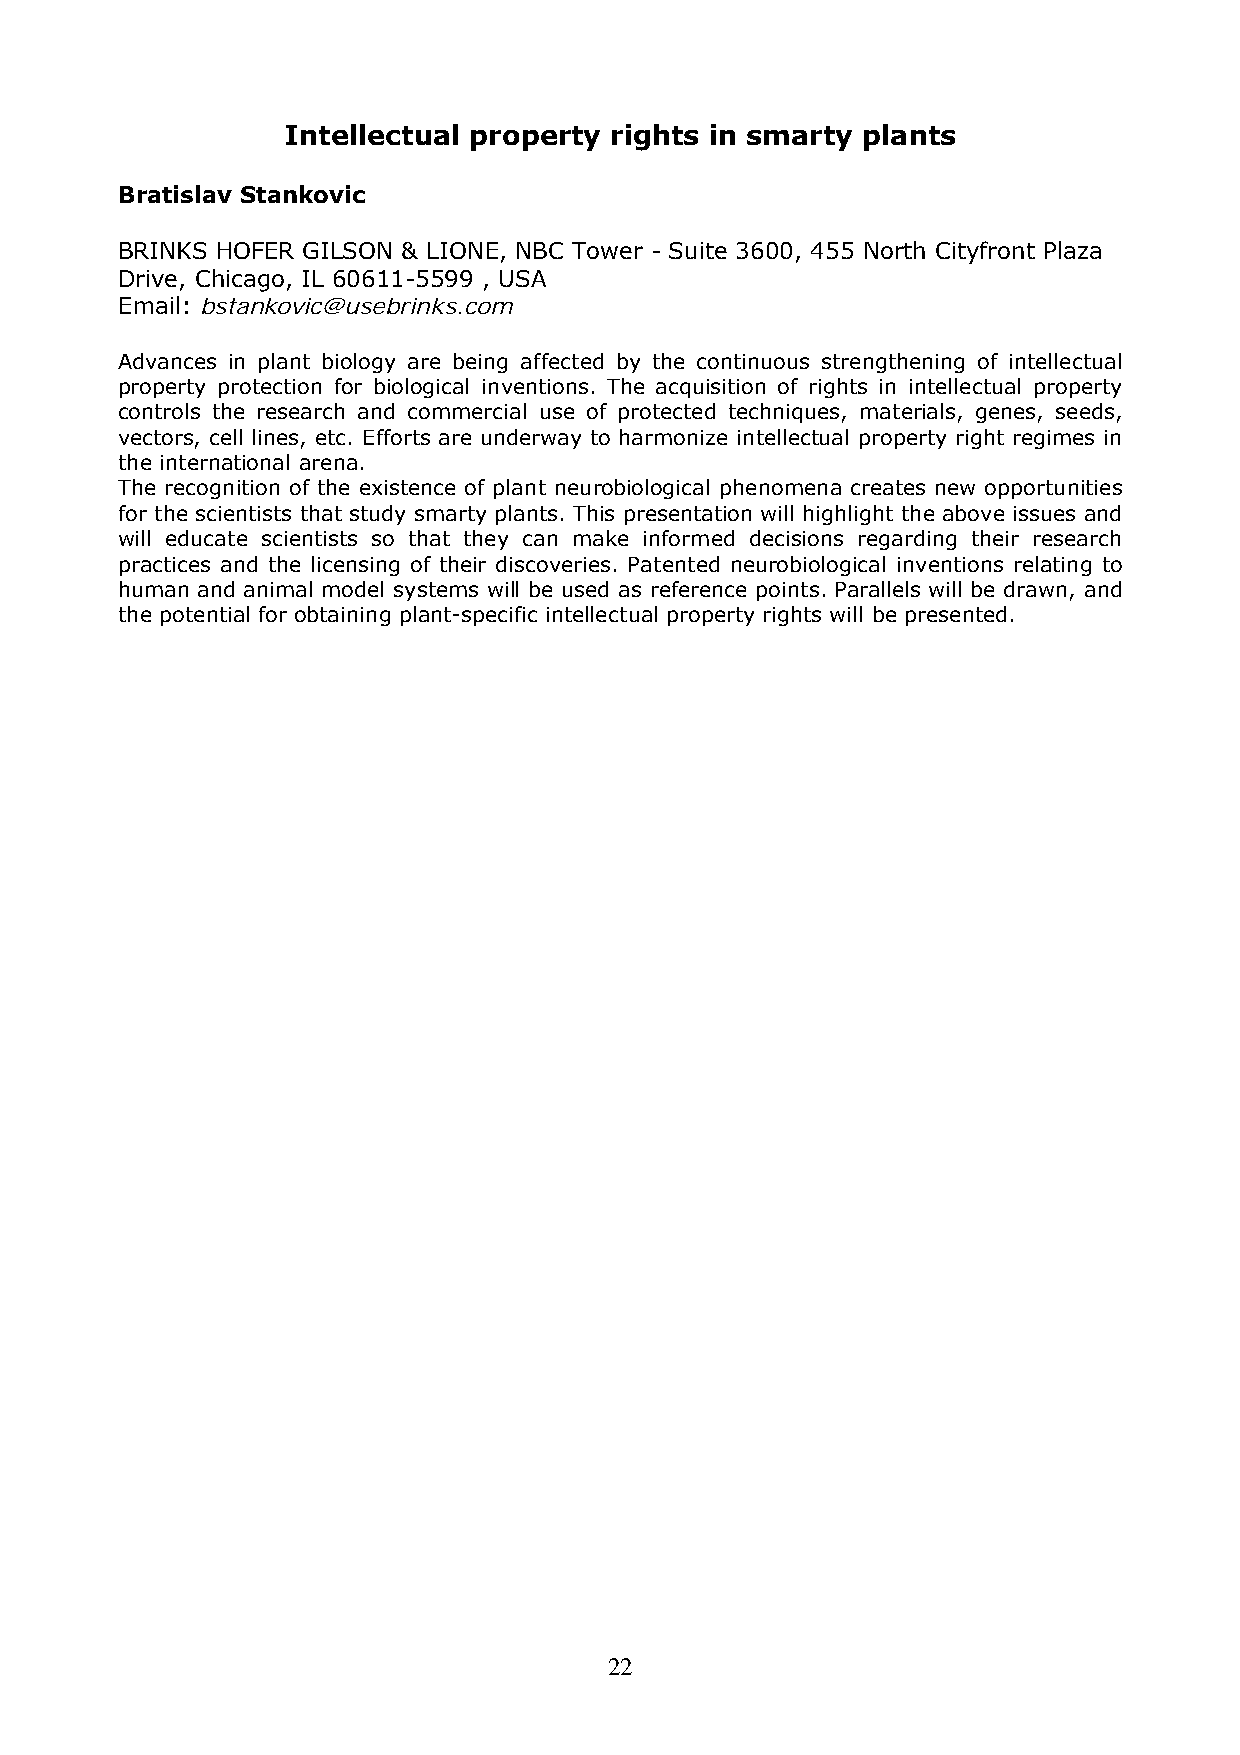
Intellectual property rights in smarty plants
 Bratislav Stankovic
 BRINKS HOFER GILSON & LIONE, NBC Tower - Suite 3600, 455 North Cityfront Plaza
 Drive, Chicago, IL 60611-5599 , USA
 Email: bstankovic@usebrinks.com
 Advances in plant biology are being affected by the continuous strengthening of intellectual
 property protection for biological inventions. The acquisition of rights in intellectual property
 controls the research and commercial use of protected techniques, materials, genes, seeds,
 vectors, cell lines, etc. Efforts are underway to harmonize intellectual property right regimes in
 the international arena.
 The recognition of the existence of plant neurobiological phenomena creates new opportunities
 for the scientists that study smarty plants. This presentation will highlight the above issues and
 will educate scientists so that they can make informed decisions regarding their research
 practices and the licensing of their discoveries. Patented neurobiological inventions relating to
 human and animal model systems will be used as reference points. Parallels will be drawn, and
 the potential for obtaining plant-specific intellectual property rights will be presented.
 22